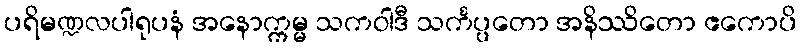
ပရိမဏ္ဍလပါရုပနံ အနောက္ကမ္မ သကဝါဒီ သင်္ကပ္ပတော အနိဿိတော ဧကောပိ